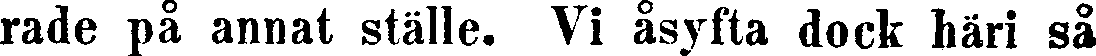
rade på annat ställe. Vi åsyfta dock häri så